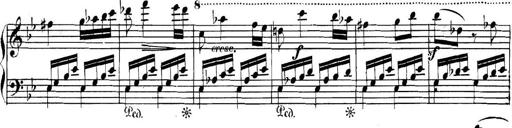
Title: Collected Piano Sonatas
Composer: Muzio Clementi